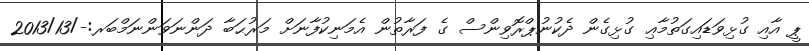
ޕީ އާއި ގުޅިވަޑައިގަތުމާޢި ގުޅިގެން ދެކުނުޕްރޮވިންސް ގެ ފަރާތުން އެމަނިކުފާނަށް މަރުޙަބާ ދަންނަވަންނަމްބަރ:-/2013/13